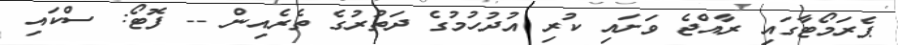
ޕެރަމޯޓާގައި ރާއްޖެ ވަށައި ކުރި އުދުހުމުގެ ދަތުރުގެ ތެރެއިން -- ފޮޓޯ: ސްކައި